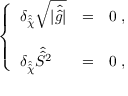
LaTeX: \left\{ \begin{array} { l c l } { { \delta _ { \hat { \hat { \chi } } } \sqrt { | \hat { \hat { g } } | } } } & { { = } } & { { 0 \; , } } \\ { { } } & { { } } & { { } } \\ { { \delta _ { \hat { \hat { \chi } } } \hat { \hat { S } } { } ^ { 2 } } } & { { = } } & { { 0 \; , } } \end{array} \right.